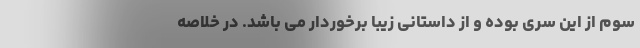
سوم از این سری بوده و از داستانی زیبا برخوردار می باشد. در خلاصه